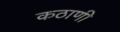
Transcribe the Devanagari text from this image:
कठाणी